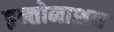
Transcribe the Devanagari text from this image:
इन्तोनाशन